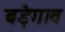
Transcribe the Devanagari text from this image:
बड़ेगाव